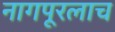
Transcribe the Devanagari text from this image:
नागपूरलाच